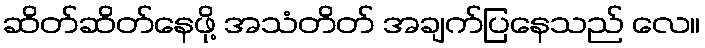
ဆိတ်ဆိတ်နေဖို့ အသံတိတ် အချက်ပြနေသည် လေ။